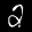
Label: 2